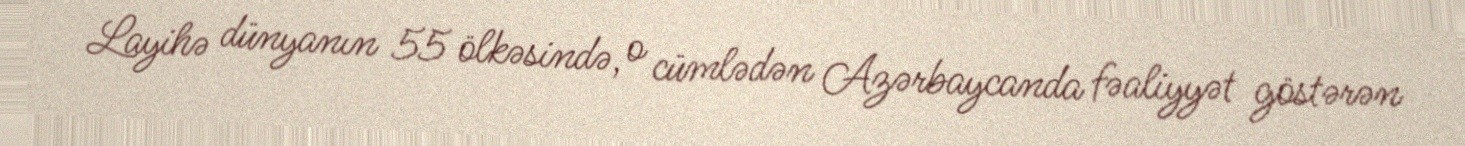
Layihə dünyanın 55 ölkəsində, o cümlədən Azərbaycanda fəaliyyət göstərən